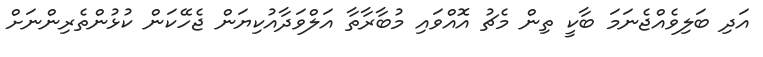
އަދި ބަލިވެއްޖެނަމަ ބާކީ ތިން މެޗު އޮއްވައި މުބާރާތާ އަލްވަދާއުކިޔަން ޖެހޭކަން ކުޅުންތެރިންނަށް